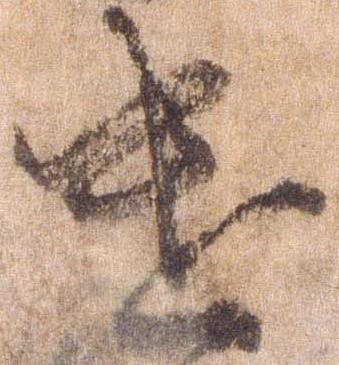
遣